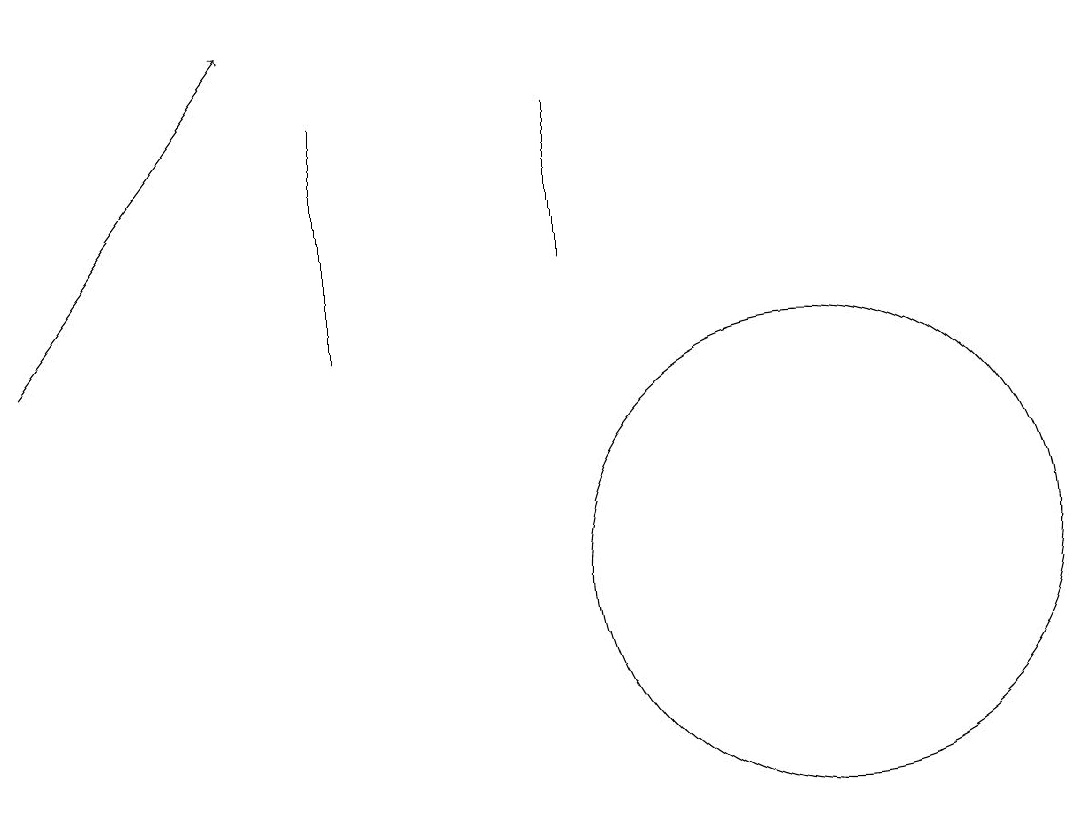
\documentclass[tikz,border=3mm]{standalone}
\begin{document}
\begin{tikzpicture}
\draw[->] (2,13) -- (5,17);
\draw (12,10) circle (3);
\draw (6,13) rectangle (6,16);
\draw (9,16) rectangle (9,14);
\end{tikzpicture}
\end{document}